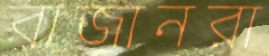
বাজানরা